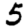
Digit: 5